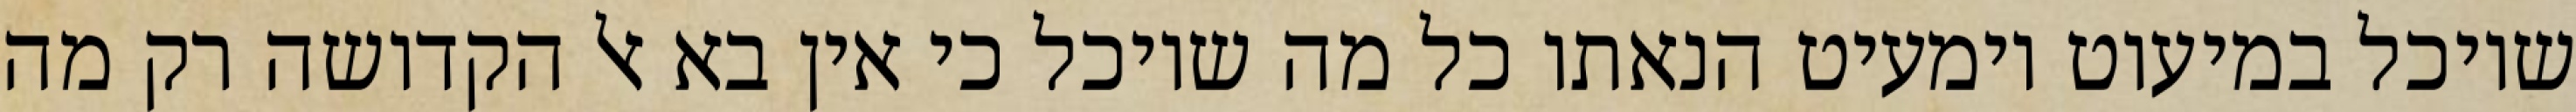
שיוכל במיעוט וימעיט הנאתו כל מה שיוכל כי אין בא אל הקדושה רק מה